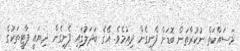
މަސައްކަތް ނުކުރާތަން ބޮޑަށް ފެނިގެން ދިއުމެވެ. އޭގެ ބަދަލުގައި ފެނިގެން ދިޔައީ ޕާޓީތަކުގެ